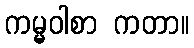
ကမ္မဝါစာ ကတာ။